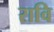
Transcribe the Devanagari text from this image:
रावि